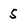
Character: 5